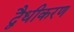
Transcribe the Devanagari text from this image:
द्वैधीकरण